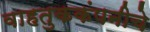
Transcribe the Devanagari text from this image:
वाहतुककंपनीचे